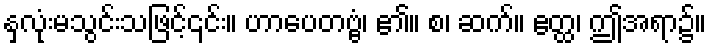
နှလုံးမသွင်းသဖြင့်၎င်း။ ဟာပေတဗ္ဗံ၊ ၏။ စ၊ ဆက်။ ဧတ္ထ၊ ဤအရာ၌။